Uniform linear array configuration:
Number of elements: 4
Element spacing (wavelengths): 0.75
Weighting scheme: uniform
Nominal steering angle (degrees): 30
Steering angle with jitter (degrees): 31.454
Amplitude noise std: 0.05
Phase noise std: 0.05

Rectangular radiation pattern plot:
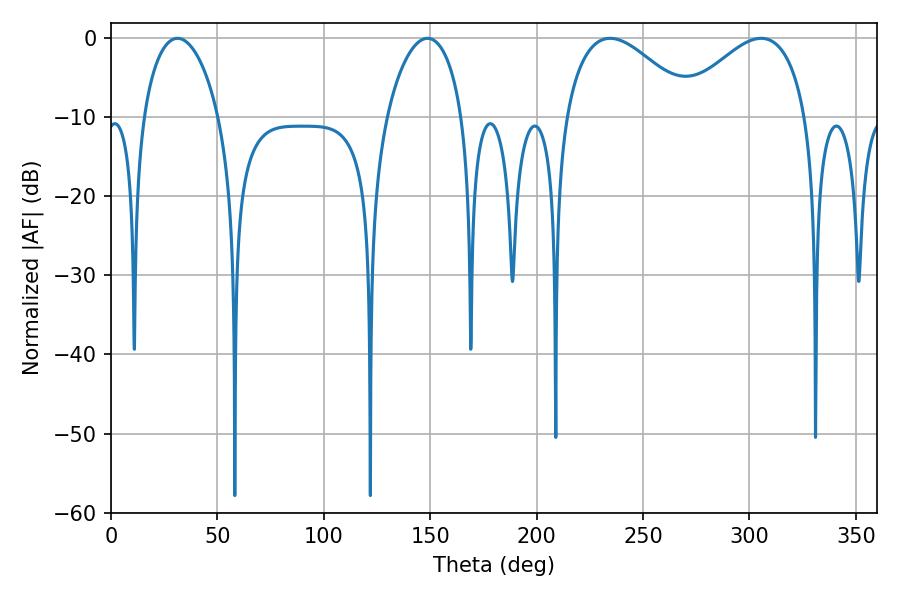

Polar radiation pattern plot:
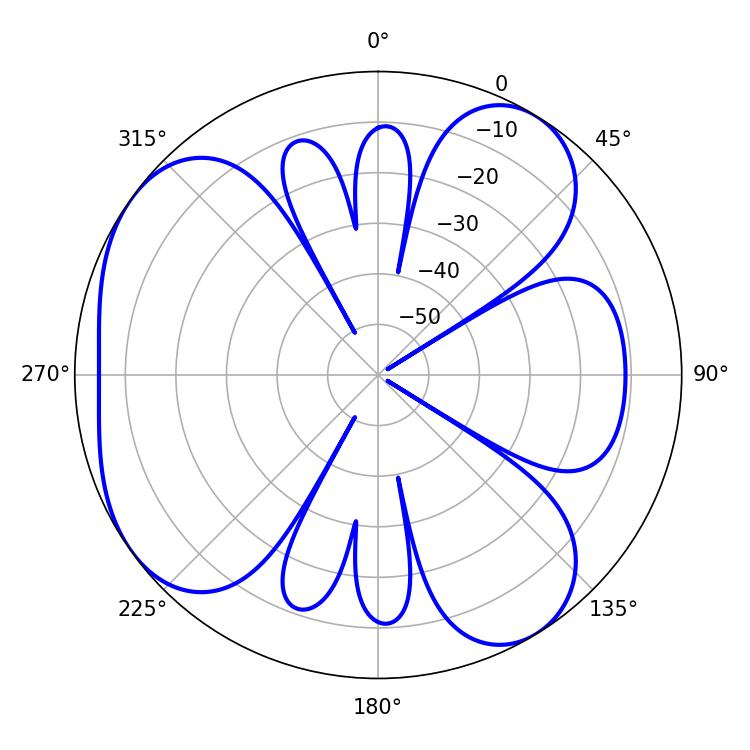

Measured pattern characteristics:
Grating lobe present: TRUE
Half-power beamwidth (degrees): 33.12
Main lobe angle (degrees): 305.46